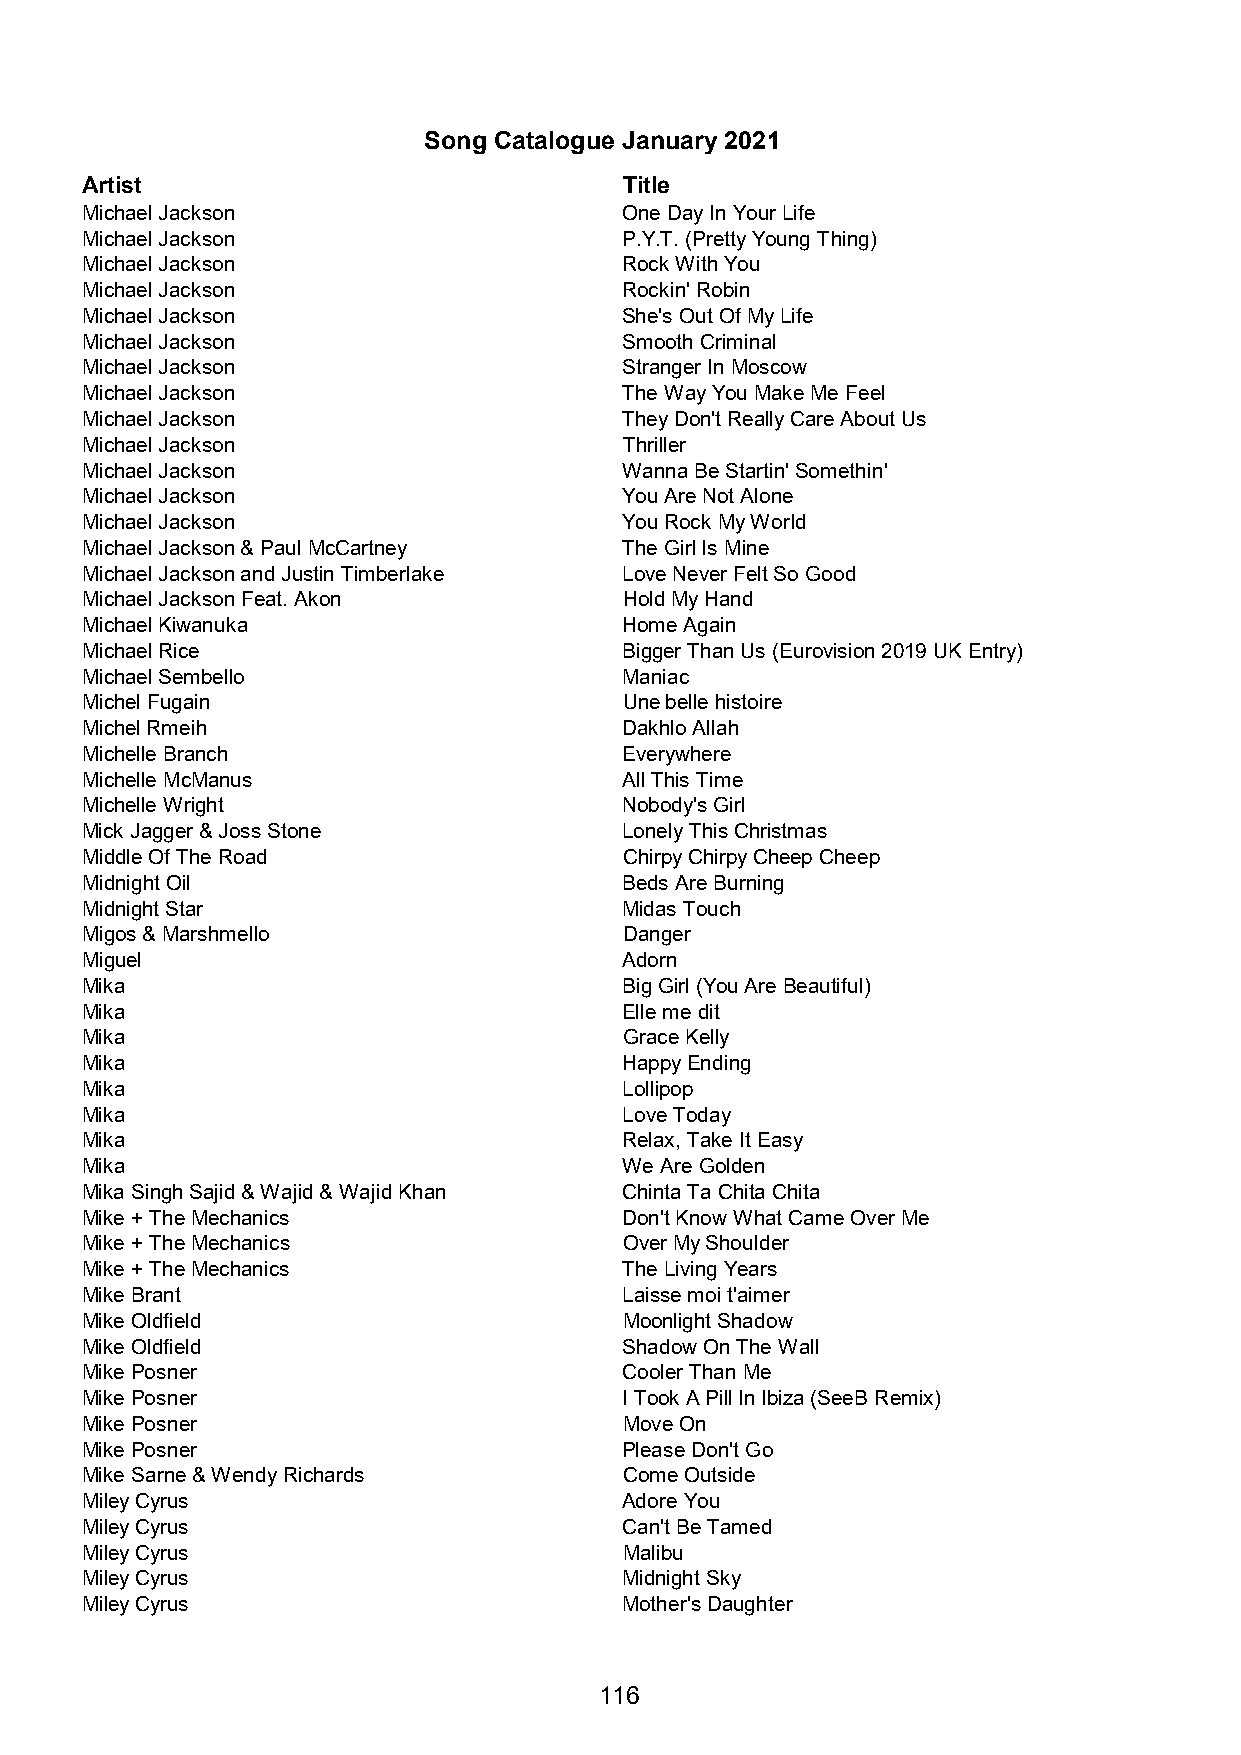
Song Catalogue January 2021
 Artist                              Title
 Michael Jackson                     One Day In Your Life
 Michael Jackson                     P.Y.T. (Pretty Young Thing)
 Michael Jackson                     Rock With You
 Michael Jackson                     Rockin' Robin
 Michael Jackson                     She's Out Of My Life
 Michael Jackson                     Smooth Criminal
 Michael Jackson                     Stranger In Moscow
 Michael Jackson                     The Way You Make Me Feel
 Michael Jackson                     They Don't Really Care About Us
 Michael Jackson                     Thriller
 Michael Jackson                     Wanna Be Startin' Somethin'
 Michael Jackson                     You Are Not Alone
 Michael Jackson                     You Rock My World
 Michael Jackson & Paul McCartney    The Girl Is Mine
 Michael Jackson and Justin Timberlake Love Never Felt So Good
 Michael Jackson Feat. Akon          Hold My Hand
 Michael Kiwanuka                    Home Again
 Michael Rice                        Bigger Than Us (Eurovision 2019 UK Entry)
 Michael Sembello                    Maniac
 Michel Fugain                       Une belle histoire
 Michel Rmeih                        Dakhlo Allah
 Michelle Branch                     Everywhere
 Michelle McManus                    All This Time
 Michelle Wright                     Nobody's Girl
 Mick Jagger & Joss Stone            Lonely This Christmas
 Middle Of The Road                  Chirpy Chirpy Cheep Cheep
 Midnight Oil                        Beds Are Burning
 Midnight Star                       Midas Touch
 Migos & Marshmello                  Danger
 Miguel                              Adorn
 Mika                                Big Girl (You Are Beautiful)
 Mika                                Elle me dit
 Mika                                Grace Kelly
 Mika                                Happy Ending
 Mika                                Lollipop
 Mika                                Love Today
 Mika                                Relax, Take It Easy
 Mika                                We Are Golden
 Mika Singh Sajid & Wajid & Wajid Khan Chinta Ta Chita Chita
 Mike + The Mechanics                Don't Know What Came Over Me
 Mike + The Mechanics                Over My Shoulder
 Mike + The Mechanics                The Living Years
 Mike Brant                          Laisse moi t'aimer
 Mike Oldfield                       Moonlight Shadow
 Mike Oldfield                       Shadow On The Wall
 Mike Posner                         Cooler Than Me
 Mike Posner                         I Took A Pill In Ibiza (SeeB Remix)
 Mike Posner                         Move On
 Mike Posner                         Please Don't Go
 Mike Sarne & Wendy Richards         Come Outside
 Miley Cyrus                         Adore You
 Miley Cyrus                         Can't Be Tamed
 Miley Cyrus                         Malibu
 Miley Cyrus                         Midnight Sky
 Miley Cyrus                         Mother's Daughter
 116